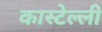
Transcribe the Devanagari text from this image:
कास्टेल्ली